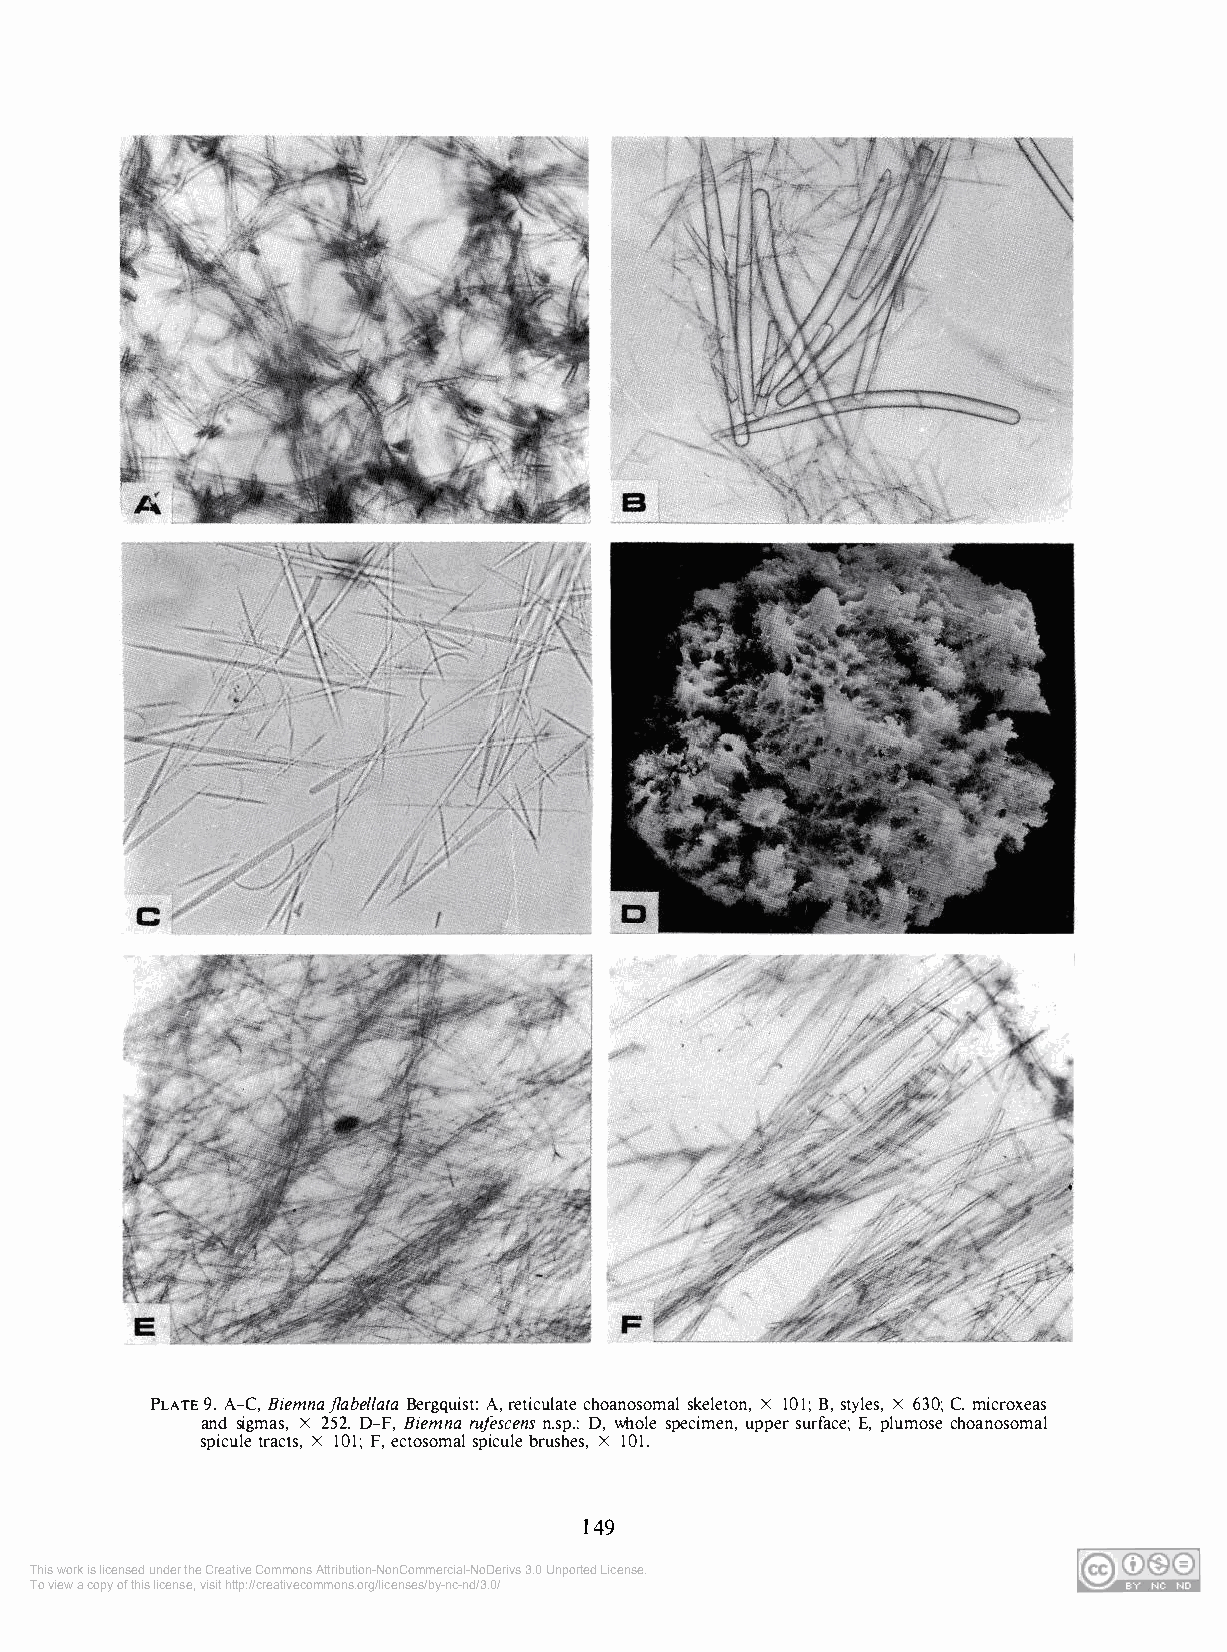
PLATE 9. A-C, Biemnaj/abellata Bergquist: A, reticulate choanosomal skeleton, X 101; B, styles, X 630; C. microxeas
 and sigmas, X 252. D-F, Biemna rufescens n.sp.: D, whole specimen, upper surface; E, plumose choanosomal
 spicule tracts, X 101; F, ectosomal spicule brushes, X 101.
 149
 This work is licensed under the Creative Commons Attribution-NonCommercial-NoDerivs 3.0 Unported License.
 To view a copy of this license, visit http://creativecommons.org/licenses/by-nc-nd/3.0/